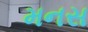
મનસ